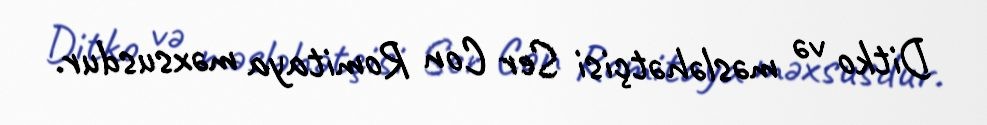
Ditko və məsləhətçisi Ser Con Romitaya məxsusdur.